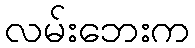
လမ်းဘေးက